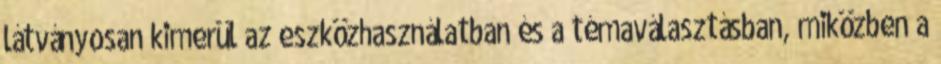
látványosan kimerül az eszközhasználatban és a témaválasztásban, miközben a